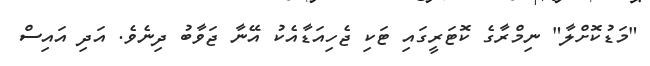
"މަޑުކޮށްލާ" ނިމްރާގެ ކޮޓަރީގައި ޓަކި ޖެހިއަޑާއެކު އޭނާ ޖަވާބު ދިނެވެ. އަދި އައިސް